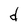
Character: d